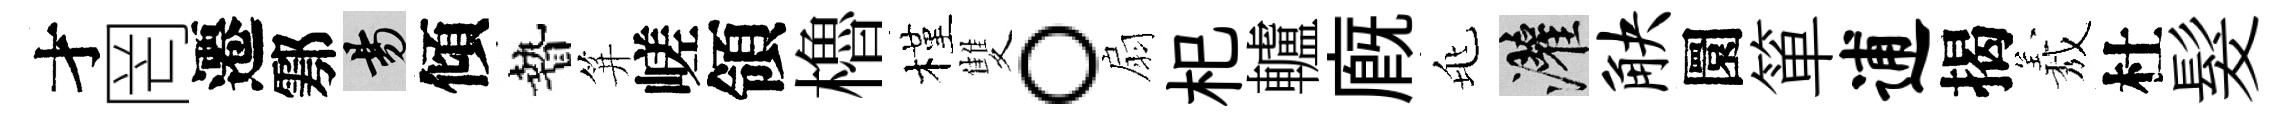
才罔遷鄠昜傾贄笄嵯領櫓槿雙。扇𣏌轤廐兆灌觖圜箪逋揭𦏁杜髮